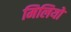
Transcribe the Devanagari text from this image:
मिलियो